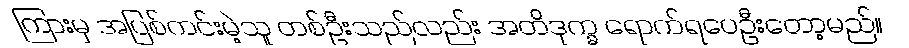
ကြားမှ အပြစ်ကင်းမဲ့သူ တစ်ဦးသည်လည်း အတိဒုက္ခ ရောက်ရပေဦးတော့မည်။